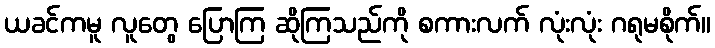
ယခင်ကမူ လူတွေ ပြောကြ ဆိုကြသည်ကို စကားလက် လုံးလုံး ဂရုမစိုက်။